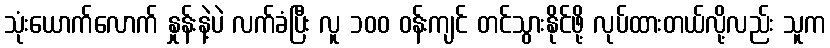
သုံးယောက်လောက် နှုန်းနဲ့ပဲ လက်ခံပြီး လူ ၁၀၀ ဝန်းကျင် တင်သွားနိုင်ဖို့ လုပ်ထားတယ်လို့လည်း သူက